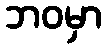
ဘဝမှာ